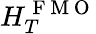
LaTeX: H_{T}^{\mathrm{~F~M~O~}}